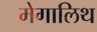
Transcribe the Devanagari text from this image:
मेगालिथ